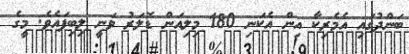
ބަންދުގައި އެމެރިކާ އިން އެކަނި 180 މިލިއަން ޑޮލަރު ވަނީ ލިބިފައެވެ. މީގެ